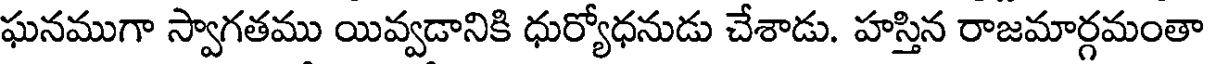
ఘనముగా స్వాగతము యివ్వడానికి ధుర్యోధనుడు చేశాడు. హస్తిన రాజమార్గమంతా